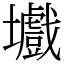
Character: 㚀